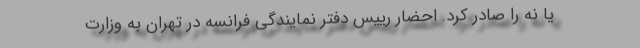
یا نه را صادر کرد. احضار رییس دفتر نمایندگی فرانسه در تهران به وزارت